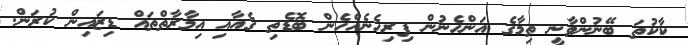
ކާކުތަ ބޭނުންވާނީ ތިމާގެ އަންހެނުން ފިރިހެނެއްހެން ބޮޑެތި ގެއާއި އިމާރާތްތައް ޑިޒައިން ކުރަން.